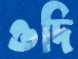
ওদি